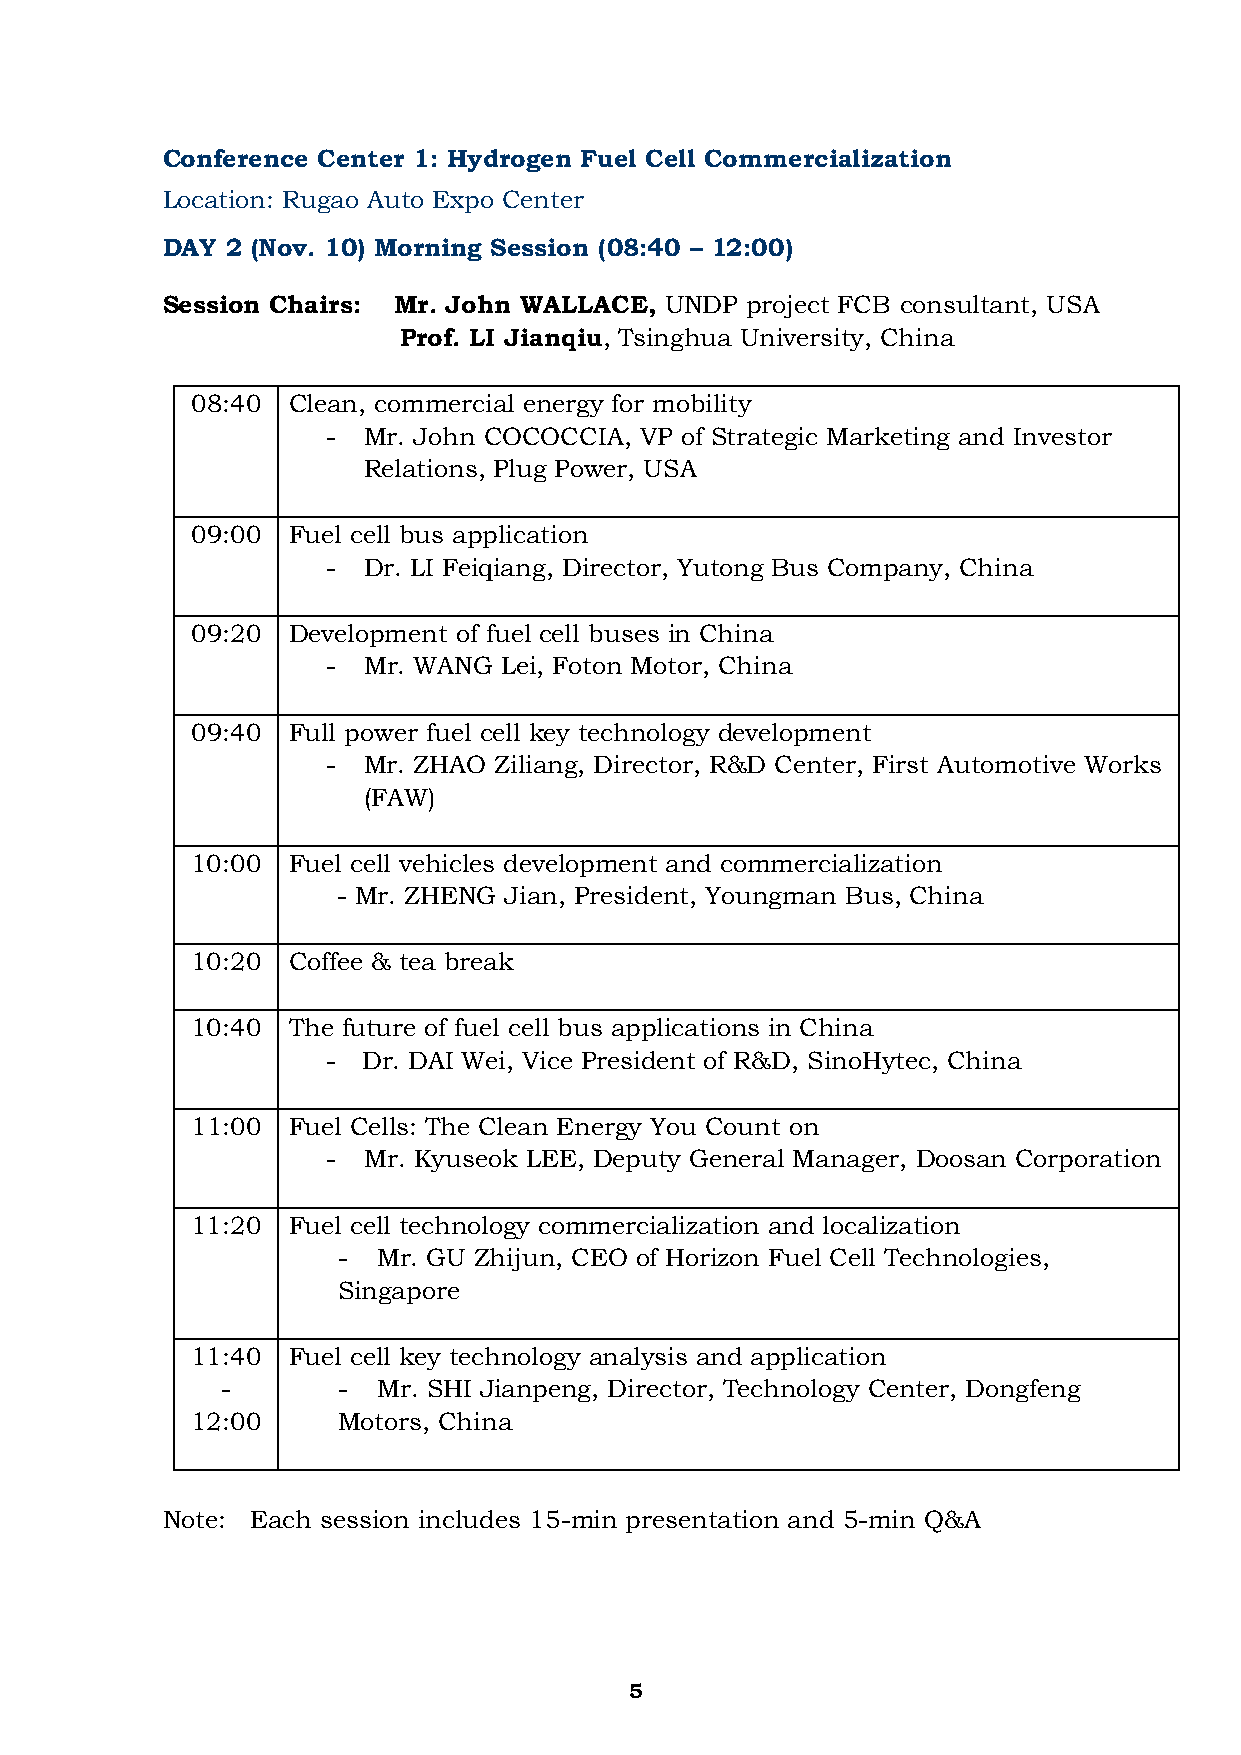
Conference Center 1: Hydrogen Fuel Cell Commercialization
 Location: Rugao Auto Expo Center
 DAY 2 (Nov. 10) Morning Session (08:40 – 12:00)
 Session Chairs: Mr. John WALLACE, UNDP project FCB consultant, USA
 Prof. LI Jianqiu, Tsinghua University, China
 08:40 Clean, commercial energy for mobility
 - Mr. John COCOCCIA, VP of Strategic Marketing and Investor
 Relations, Plug Power, USA
 09:00 Fuel cell bus application
 - Dr. LI Feiqiang, Director, Yutong Bus Company, China
 09:20 Development of fuel cell buses in China
 - Mr. WANG Lei, Foton Motor, China
 09:40 Full power fuel cell key technology development
 - Mr. ZHAO Ziliang, Director, R&D Center, First Automotive Works
 (FAW)
 10:00 Fuel cell vehicles development and commercialization
 - Mr. ZHENG Jian, President, Youngman Bus, China
 10:20 Coffee & tea break
 10:40 The future of fuel cell bus applications in China
 - Dr. DAI Wei, Vice President of R&D, SinoHytec, China
 11:00 Fuel Cells: The Clean Energy You Count on
 - Mr. Kyuseok LEE, Deputy General Manager, Doosan Corporation
 11:20 Fuel cell technology commercialization and localization
 -  Mr. GU Zhijun, CEO of Horizon Fuel Cell Technologies,
 Singapore
 11:40 Fuel cell key technology analysis and application
 -      -  Mr. SHI Jianpeng, Director, Technology Center, Dongfeng
 12:00    Motors, China
 Note: Each session includes 15-min presentation and 5-min Q&A
 5